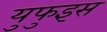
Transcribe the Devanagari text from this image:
युफुइस